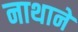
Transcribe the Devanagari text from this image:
नाथाने